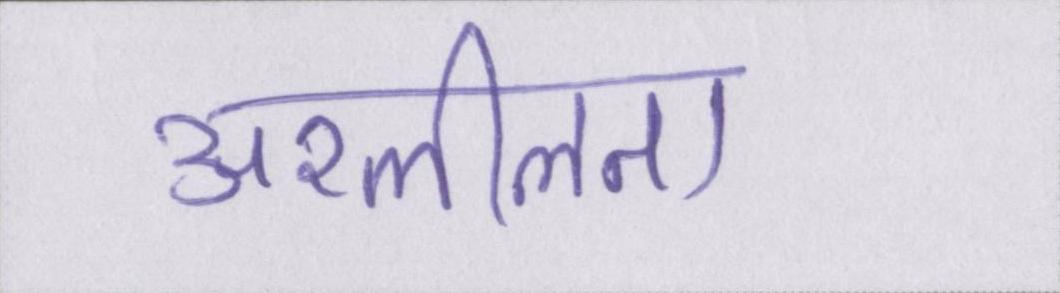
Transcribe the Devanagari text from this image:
अश्लीलता